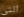
التي